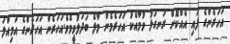
އަހަރެންގެ ފައި އެއްކޮށް ރަނގަޅު ވުމާއެކު އަހަރެމެން މާލެ ބަދަލުވީމެވެ.އަހަރެން އަހަރެންގެ އަމިއްލަ